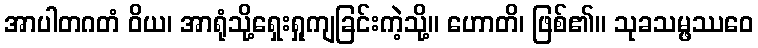
အာပါတဂတံ ဝိယ၊ အာရုံသို့ရှေးရှုကျခြင်းကဲ့သို့။ ဟောတိ၊ ဖြစ်၏။ သုခသမ္ဖဿဝေ